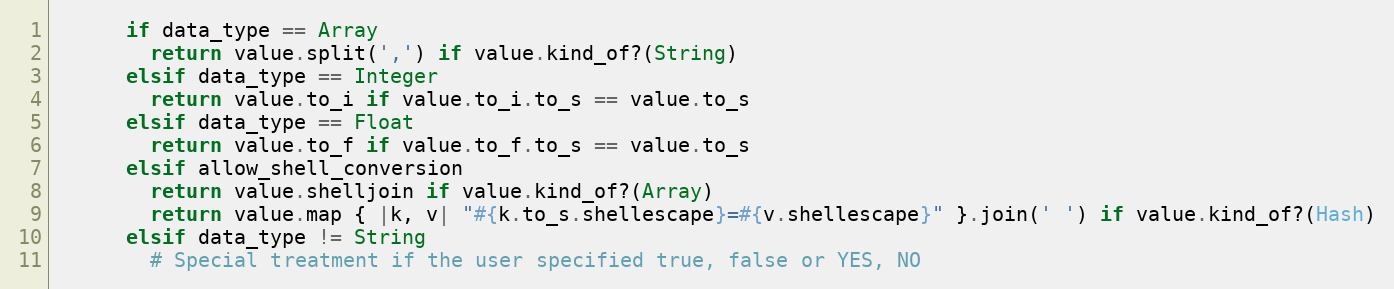
Language: Ruby
      if data_type == Array
        return value.split(',') if value.kind_of?(String)
      elsif data_type == Integer
        return value.to_i if value.to_i.to_s == value.to_s
      elsif data_type == Float
        return value.to_f if value.to_f.to_s == value.to_s
      elsif allow_shell_conversion
        return value.shelljoin if value.kind_of?(Array)
        return value.map { |k, v| "#{k.to_s.shellescape}=#{v.shellescape}" }.join(' ') if value.kind_of?(Hash)
      elsif data_type != String
        # Special treatment if the user specified true, false or YES, NO